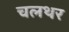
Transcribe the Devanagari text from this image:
चलथर